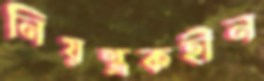
নিয়ন্ত্রকহীন